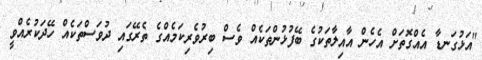
"އަޅުގަނޑާ އެއްގޮތަށް އެހެން އާއިލާތަކުގެ ބޭފުޅުންތަކެއް ވެސް ބިރުވެރިކަމެއްގެ ތެރޭގައި ދުވަސްތަކެއް ހޭދަކުރެއްވީ